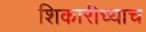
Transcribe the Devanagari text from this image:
शिकारीच्याच